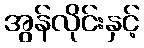
အွန်လိုင်းနှင့်